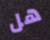
هل